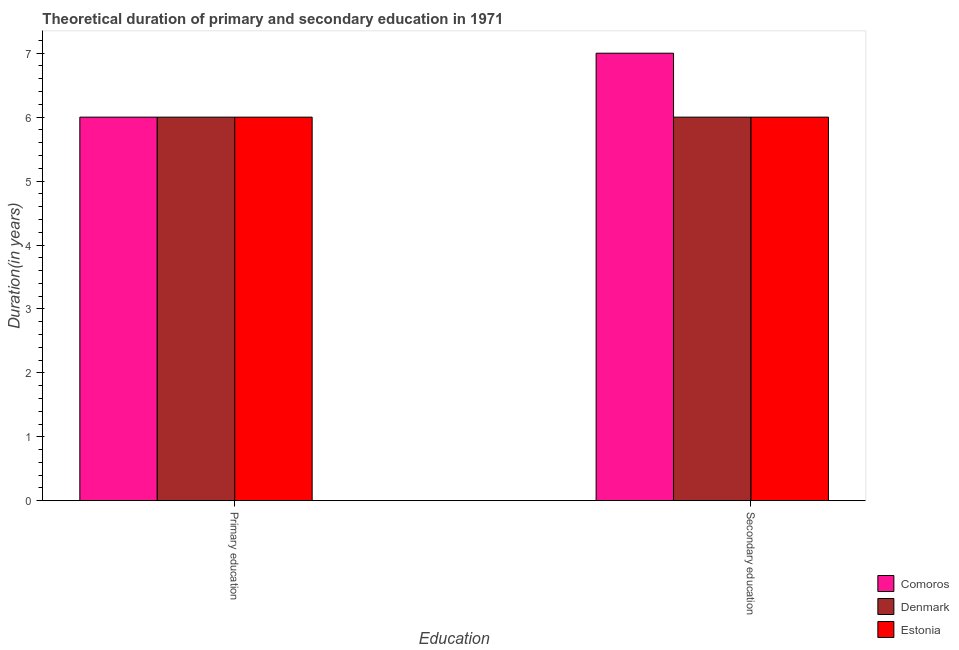
| Education | Comoros | Denmark | Estonia |
 | --- | --- | --- | --- |
 | Primary education | 6 | 6 | 6 |
 | Secondary education | 7 | 6 | 6 |